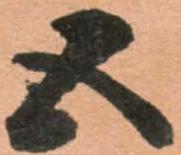
五